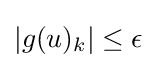
|g(u)_{k}|\leq \epsilon